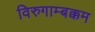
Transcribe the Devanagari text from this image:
विरुगाम्बक्कम